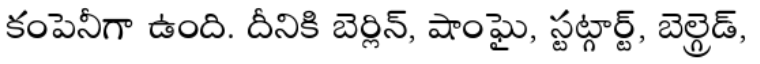
కంపెనీగా ఉంది. దీనికి బెర్లిన్, షాంఘై, స్టట్గార్ట్, బెల్గ్రెడ్,